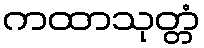
ကထာသုတ္တံ